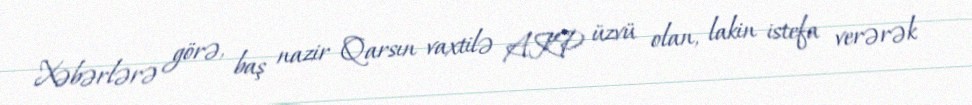
Xəbərlərə görə, baş nazir Qarsın vaxtilə AKP üzvü olan, lakin istefa verərək